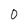
Character: 0